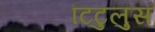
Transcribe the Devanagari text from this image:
टिटुलुस